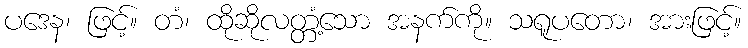
ပဒေန၊ ဖြင့်။ တံ၊ ထိုဆိုလတ္တံ့သော အနက်ကို။ သရူပတော၊ အားဖြင့်။